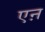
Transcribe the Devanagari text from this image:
एऩ